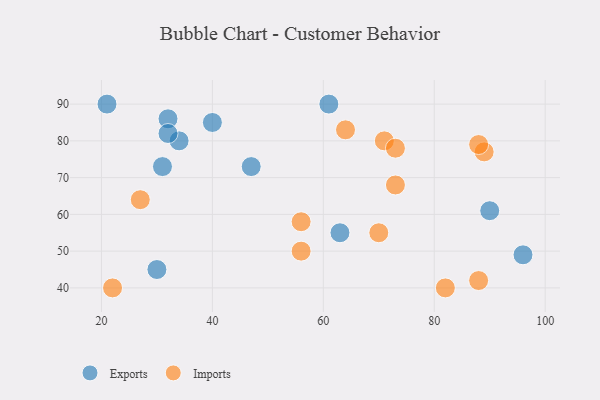
{"axis": {"x": "GDP", "y": "Life Expectancy"}, "legend": ["Exports", "Imports"], "data": [{"x": "21", "y": 90, "type": "Exports"}, {"x": "30", "y": 45, "type": "Exports"}, {"x": "40", "y": 85, "type": "Exports"}, {"x": "61", "y": 90, "type": "Exports"}, {"x": "31", "y": 73, "type": "Exports"}, {"x": "32", "y": 86, "type": "Exports"}, {"x": "96", "y": 49, "type": "Exports"}, {"x": "34", "y": 80, "type": "Exports"}, {"x": "32", "y": 82, "type": "Exports"}, {"x": "63", "y": 55, "type": "Exports"}, {"x": "90", "y": 61, "type": "Exports"}, {"x": "47", "y": 73, "type": "Exports"}, {"x": "22", "y": 40, "type": "Imports"}, {"x": "70", "y": 55, "type": "Imports"}, {"x": "73", "y": 68, "type": "Imports"}, {"x": "56", "y": 50, "type": "Imports"}, {"x": "88", "y": 42, "type": "Imports"}, {"x": "71", "y": 80, "type": "Imports"}, {"x": "89", "y": 77, "type": "Imports"}, {"x": "82", "y": 40, "type": "Imports"}, {"x": "27", "y": 64, "type": "Imports"}, {"x": "56", "y": 58, "type": "Imports"}, {"x": "73", "y": 78, "type": "Imports"}, {"x": "88", "y": 79, "type": "Imports"}, {"x": "64", "y": 83, "type": "Imports"}]}